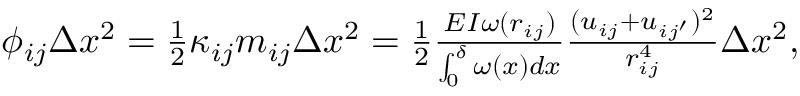
\begin{array} { r } { \phi _ { i j } \Delta x ^ { 2 } = \frac 1 2 \kappa _ { i j } m _ { i j } \Delta x ^ { 2 } = \frac 1 2 \frac { E I \omega ( r _ { i j } ) } { \int _ { 0 } ^ { \delta } \omega ( x ) d x } \frac { ( u _ { i j } + u _ { i j ^ { \prime } } ) ^ { 2 } } { r _ { i j } ^ { 4 } } \Delta x ^ { 2 } , } \end{array}